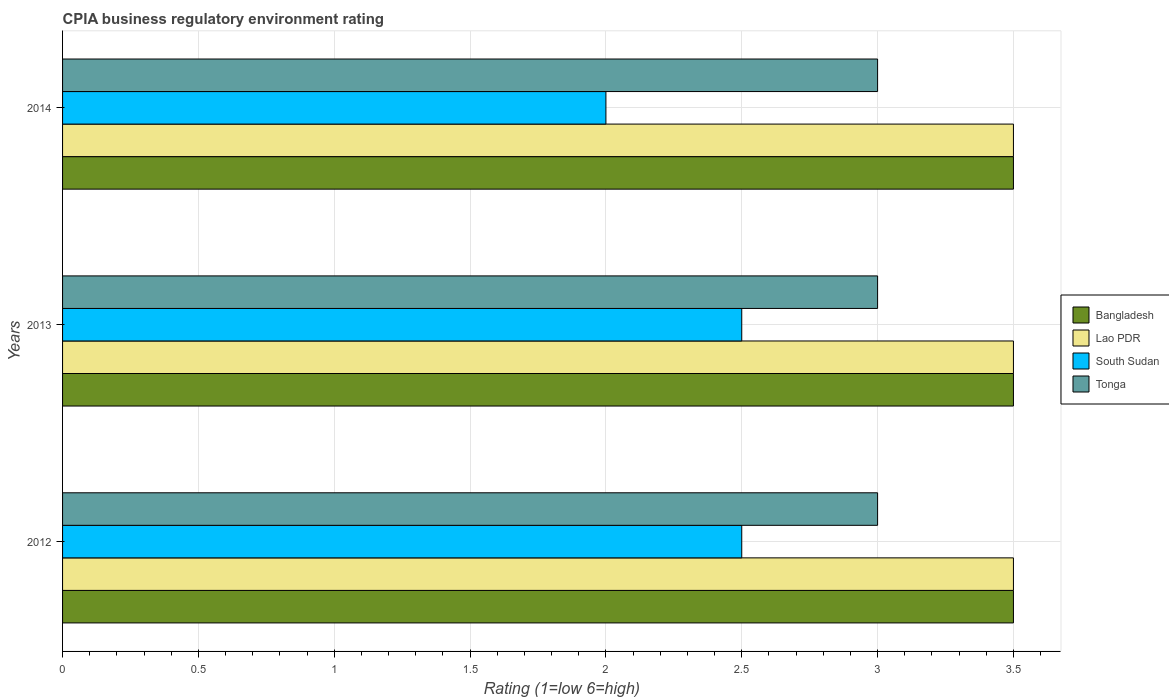
| Years | Bangladesh | Lao PDR | South Sudan | Tonga |
 | --- | --- | --- | --- | --- |
 | 2012 | 3.5 | 3.5 | 2.5 | 3 |
 | 2013 | 3.5 | 3.5 | 2.5 | 3 |
 | 2014 | 3.5 | 3.5 | 2 | 3 |